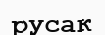
русак